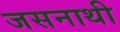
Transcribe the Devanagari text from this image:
जसनाथी